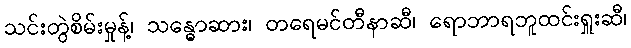
သင်းတွဲစိမ်းမှုန့်၊ သန္ဓောဆား၊ တရေမင်တီနာဆီ၊ ရောဘာရဘူထင်းရှူးဆီ၊